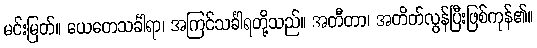
မင်းမြတ်။ ယေတေသင်္ခါရာ၊ အကြင်သင်္ခါရတို့သည်။ အတီတာ၊ အတိတ်လွန်ပြီးဖြစ်ကုန်၏။